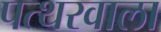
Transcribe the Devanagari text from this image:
पत्थरवाला